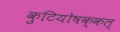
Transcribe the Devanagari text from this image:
कुटियोषक्कल्